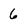
Character: 6